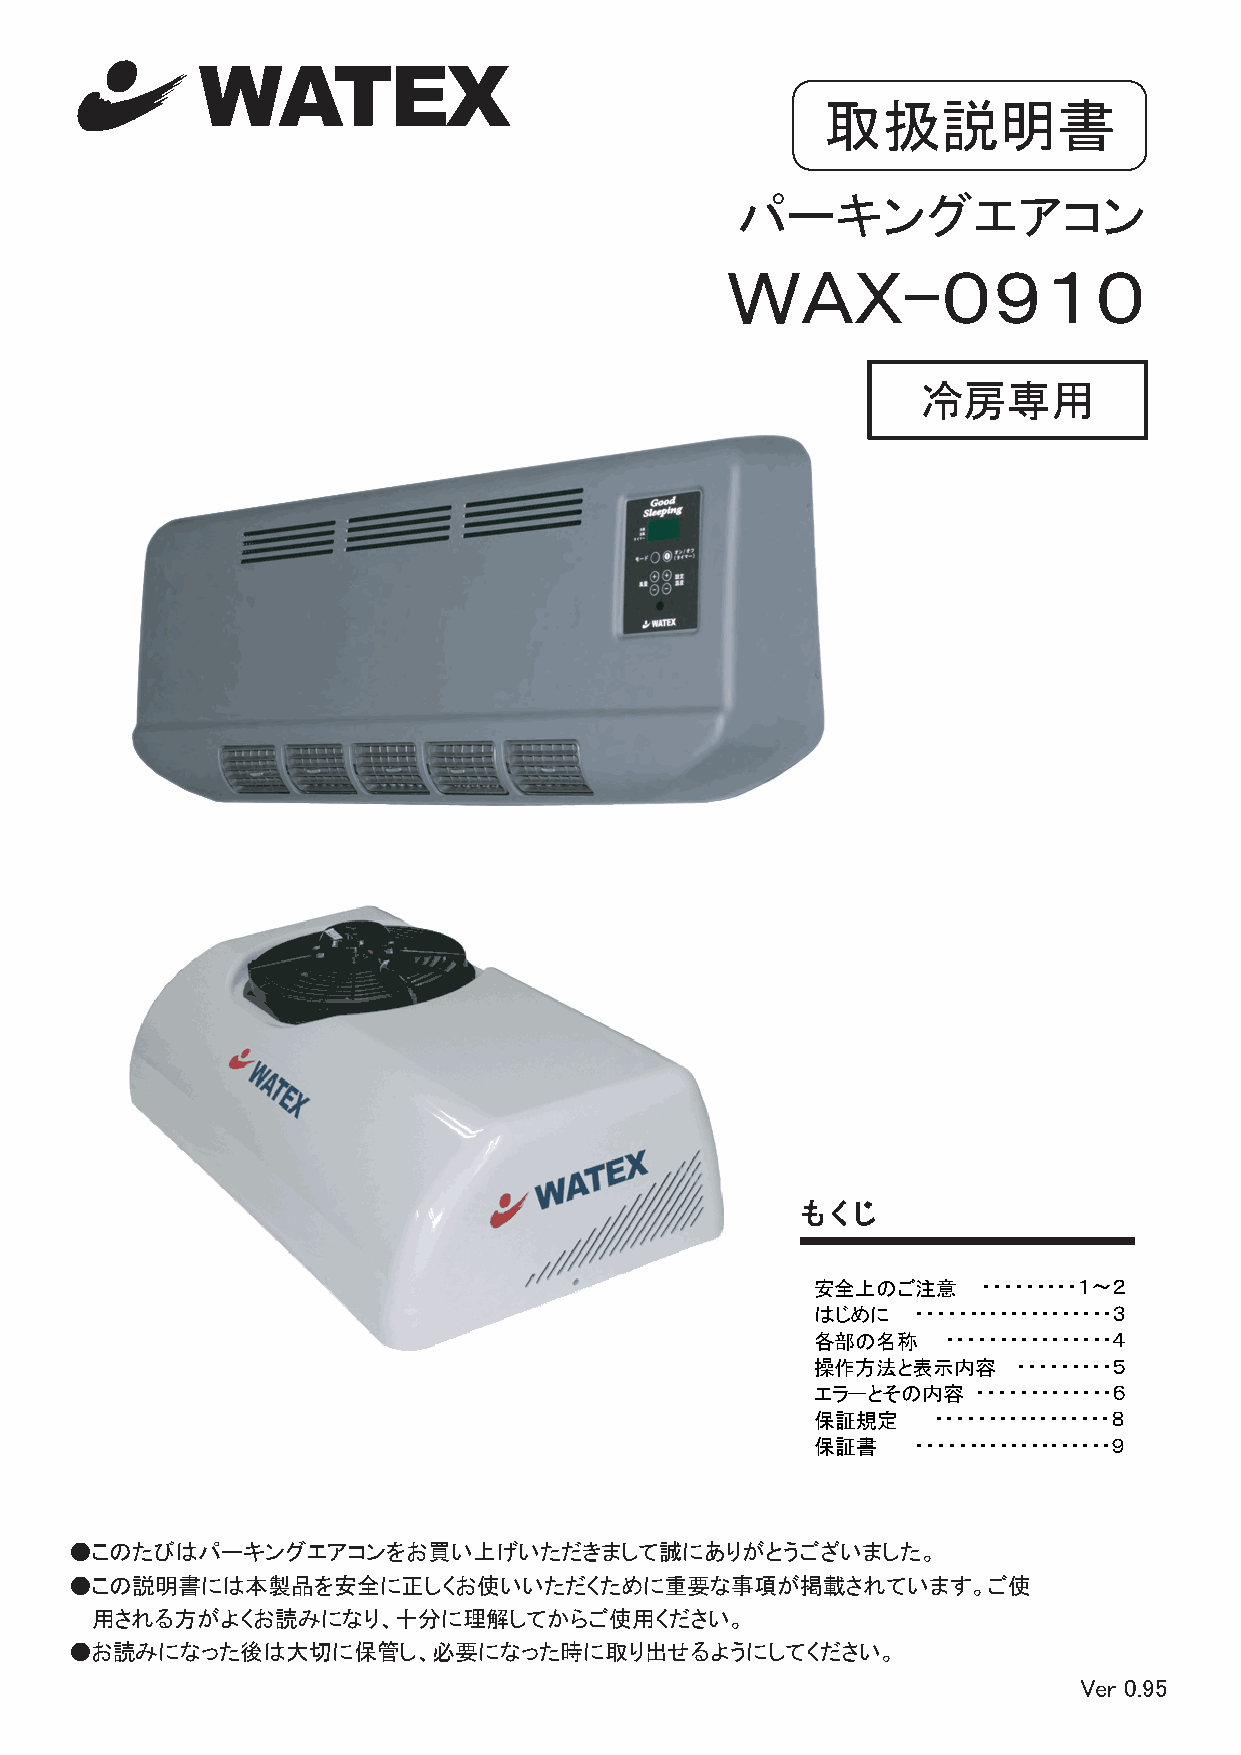
取扱説明書
 パーキングエアコン
 ＷＡＸ-０９１０
 冷房専用
 もくじ
 安全上のご注意    ・・・・・・・・・１～２
 はじめに  ・・・・・・・・・・・・・・・・・・・３
 各部の名称   ・・・・・・・・・・・・・・・・４
 操作方法と表示内容    ・・・・・・・・・５
 エラーとその内容   ・・・・・・・・・・・・・６
 保証規定    ・・・・・・・・・・・・・・・・・８
 保証書   ・・・・・・・・・・・・・・・・・・・９
 ●このたびはパーキングエアコンをお買い上げいただきまして誠にありがとうございました。
 ●この説明書には本製品を安全に正しくお使いいただくために重要な事項が掲載されています。ご使
 用される方がよくお読みになり、十分に理解してからご使用ください。
 ●お読みになった後は大切に保管し、必要になった時に取り出せるようにしてください。
 Ver 0.95